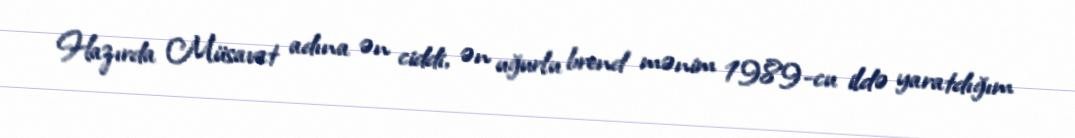
Hazırda Müsavat adına ən ciddi, ən uğurlu brend mənim 1989-cu ildə yaratdığım